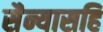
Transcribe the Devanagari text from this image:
सैन्यासहि